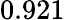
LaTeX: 0.921